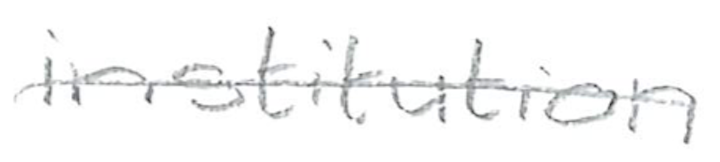
Text: institution
Cross-out: single-line
Writing tool: pencil